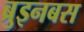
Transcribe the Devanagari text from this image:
ब्रुइनबस